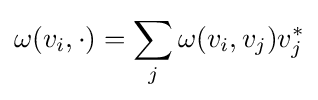
\omega (v_{i},\cdot )=\sum _{j}\omega (v_{i},v_{j})v_{j}^{*}